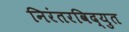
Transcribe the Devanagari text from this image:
निरंतरविद्युत